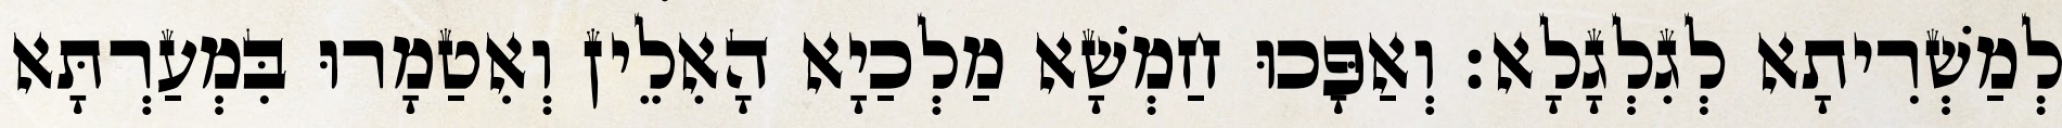
לְמַשְׁרִיתָא לְגִלְגָלָא׃ וְאַפָּכוּ חַמְשָׁא מַלְכַיָא הָאִלֵין וְאִטַמָרוּ בִּמְעַרְתָּא